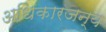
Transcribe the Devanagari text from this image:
अधिकारजन्य